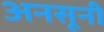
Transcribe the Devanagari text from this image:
अनसूनी